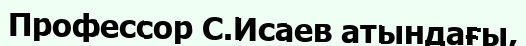
Профессор С.Исаев атындағы,